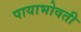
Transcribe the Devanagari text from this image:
पायाभोवती